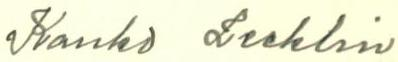
Kauko Leeklin